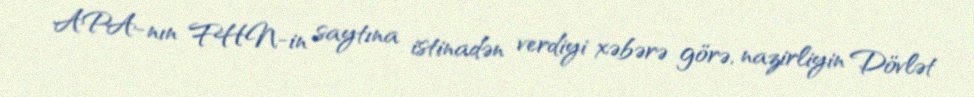
APA-nın FHN-in saytına istinadən verdiyi xəbərə görə, nazirliyin Dövlət